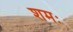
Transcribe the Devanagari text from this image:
शमः